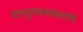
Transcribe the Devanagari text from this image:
वास्तुरचनाकारांनी